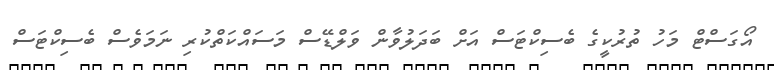
އޯގަސްޓް މަހު ތުރުކީގެ ބެސިކްޓަސް އަށް ބަދަލުވާން ވަލްޑޭސް މަސައްކަތްކުރި ނަމަވެސް ބެސިކްޓަސް